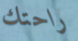
راحتك